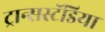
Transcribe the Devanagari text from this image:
ट्रान्सस्टॅडिया